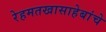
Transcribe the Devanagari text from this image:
रेहमतखासाहेबांचे